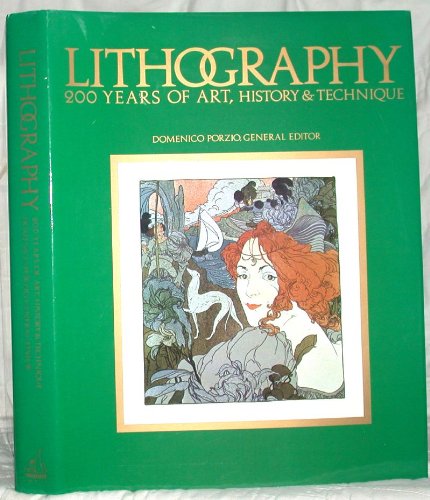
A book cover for Lithography : 200 Years of Art, History and Technique; Rosalba Tabanelli; Arts & Photography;